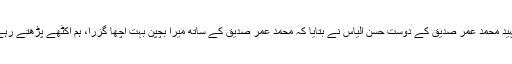
شہید محمد عمر صدیق کے دوست حسن الیاس نے بتایا کہ محمد عمر صدیق کے ساتھ میرا بچپن بہت اچھا گزرا، ہم اکٹھے پڑھتے رہے۔